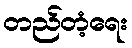
တည်တံ့ရေး